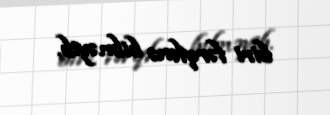
biri fərqlənə bilməyib.